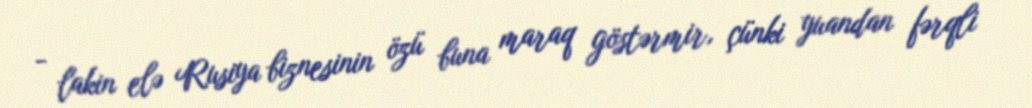
- lakin elə Rusiya biznesinin özü buna maraq göstərmir, çünki yuandan fərqli